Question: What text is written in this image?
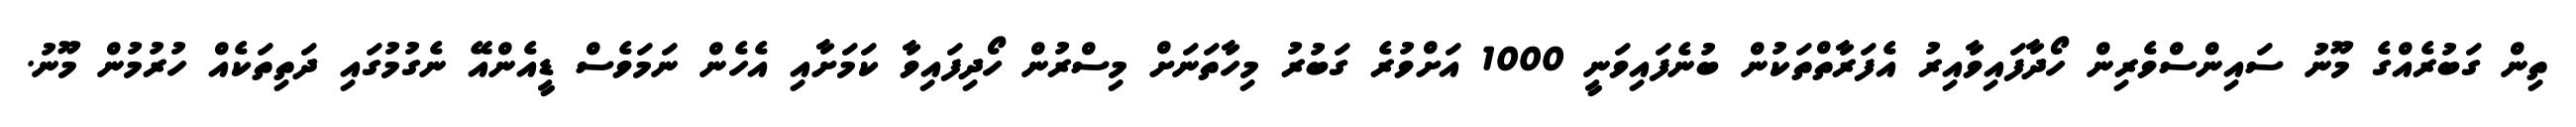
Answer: ތިން ގަބުރެއްގެ މޫނު ސައިންސްވެރިން ހޯދާފައިވާއިރު އެފަރާތްތަކުން ބުނެފައިވަނީ 1000 އަށްވުރެ ގަބުރު މިހާތަނަށް މިސްރުން ހޯދިފައިވާ ކަމަށާއި އެހެން ނަމަވެސް ޑީއެންއޭ ނެގުމުގައި ދަތިތަކެއް ހުރުމުން މޫނު.